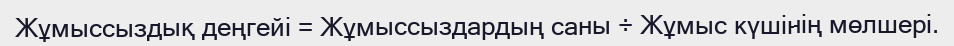
Жұмыссыздық деңгейі = Жұмыссыздардың саны ÷ Жұмыс күшінің мөлшері.